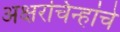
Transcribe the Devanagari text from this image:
अक्षरचिन्हांचे